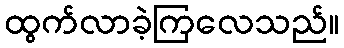
ထွက်လာခဲ့ကြလေသည်။